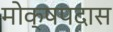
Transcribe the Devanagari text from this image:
मोक्षपदास